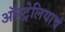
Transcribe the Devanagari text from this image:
ऑस्ट्रेलियाचं